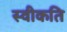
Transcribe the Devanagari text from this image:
स्वीकति